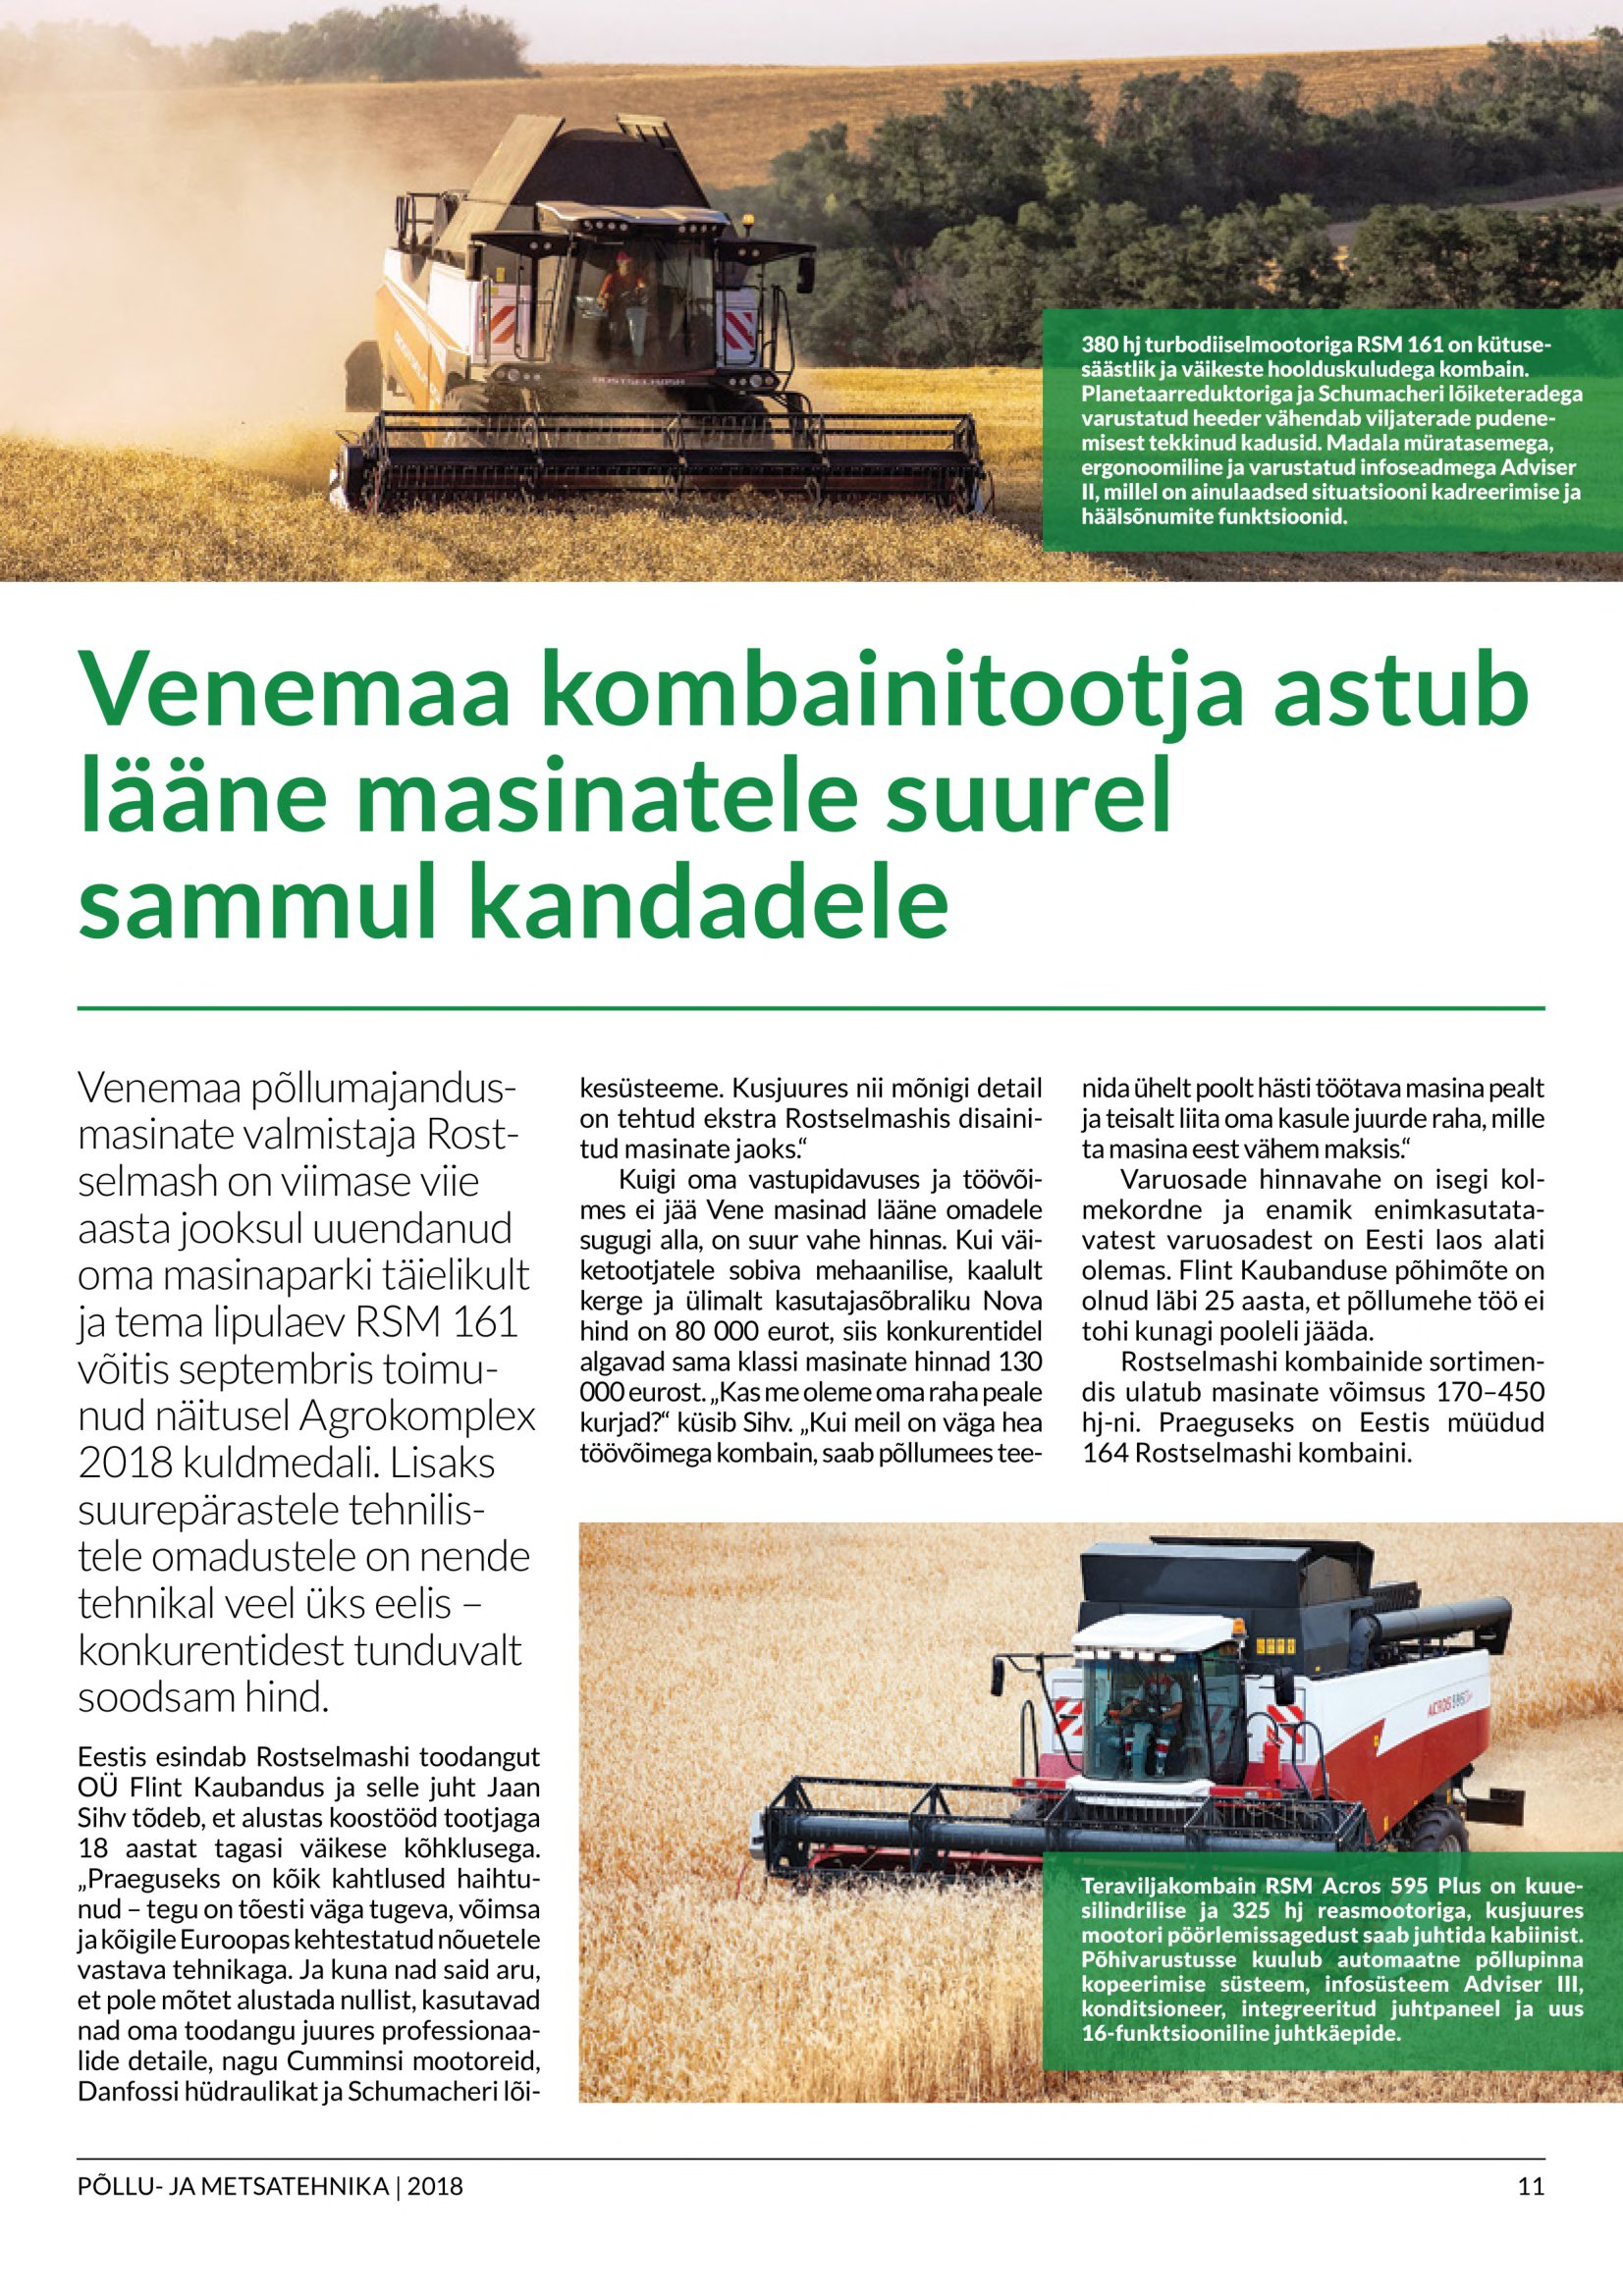
Language: et